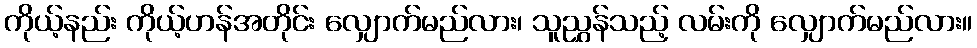
ကိုယ့်နည်း ကိုယ့်ဟန်အတိုင်း လျှောက်မည်လား၊ သူညွှန်သည့် လမ်းကို လျှောက်မည်လား။